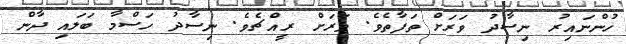
ހުންނައިރު ނިސާދު ވަރަށް ތަފާތެވެ. ވަރަށް ރީއްޗެވެ. ނިސާދު ހަސްމާ ބަލައި ދާން